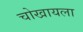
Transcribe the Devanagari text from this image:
चोखायला